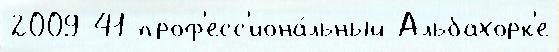
2009 41 проф'есс'иона́льный Альбахорк'е